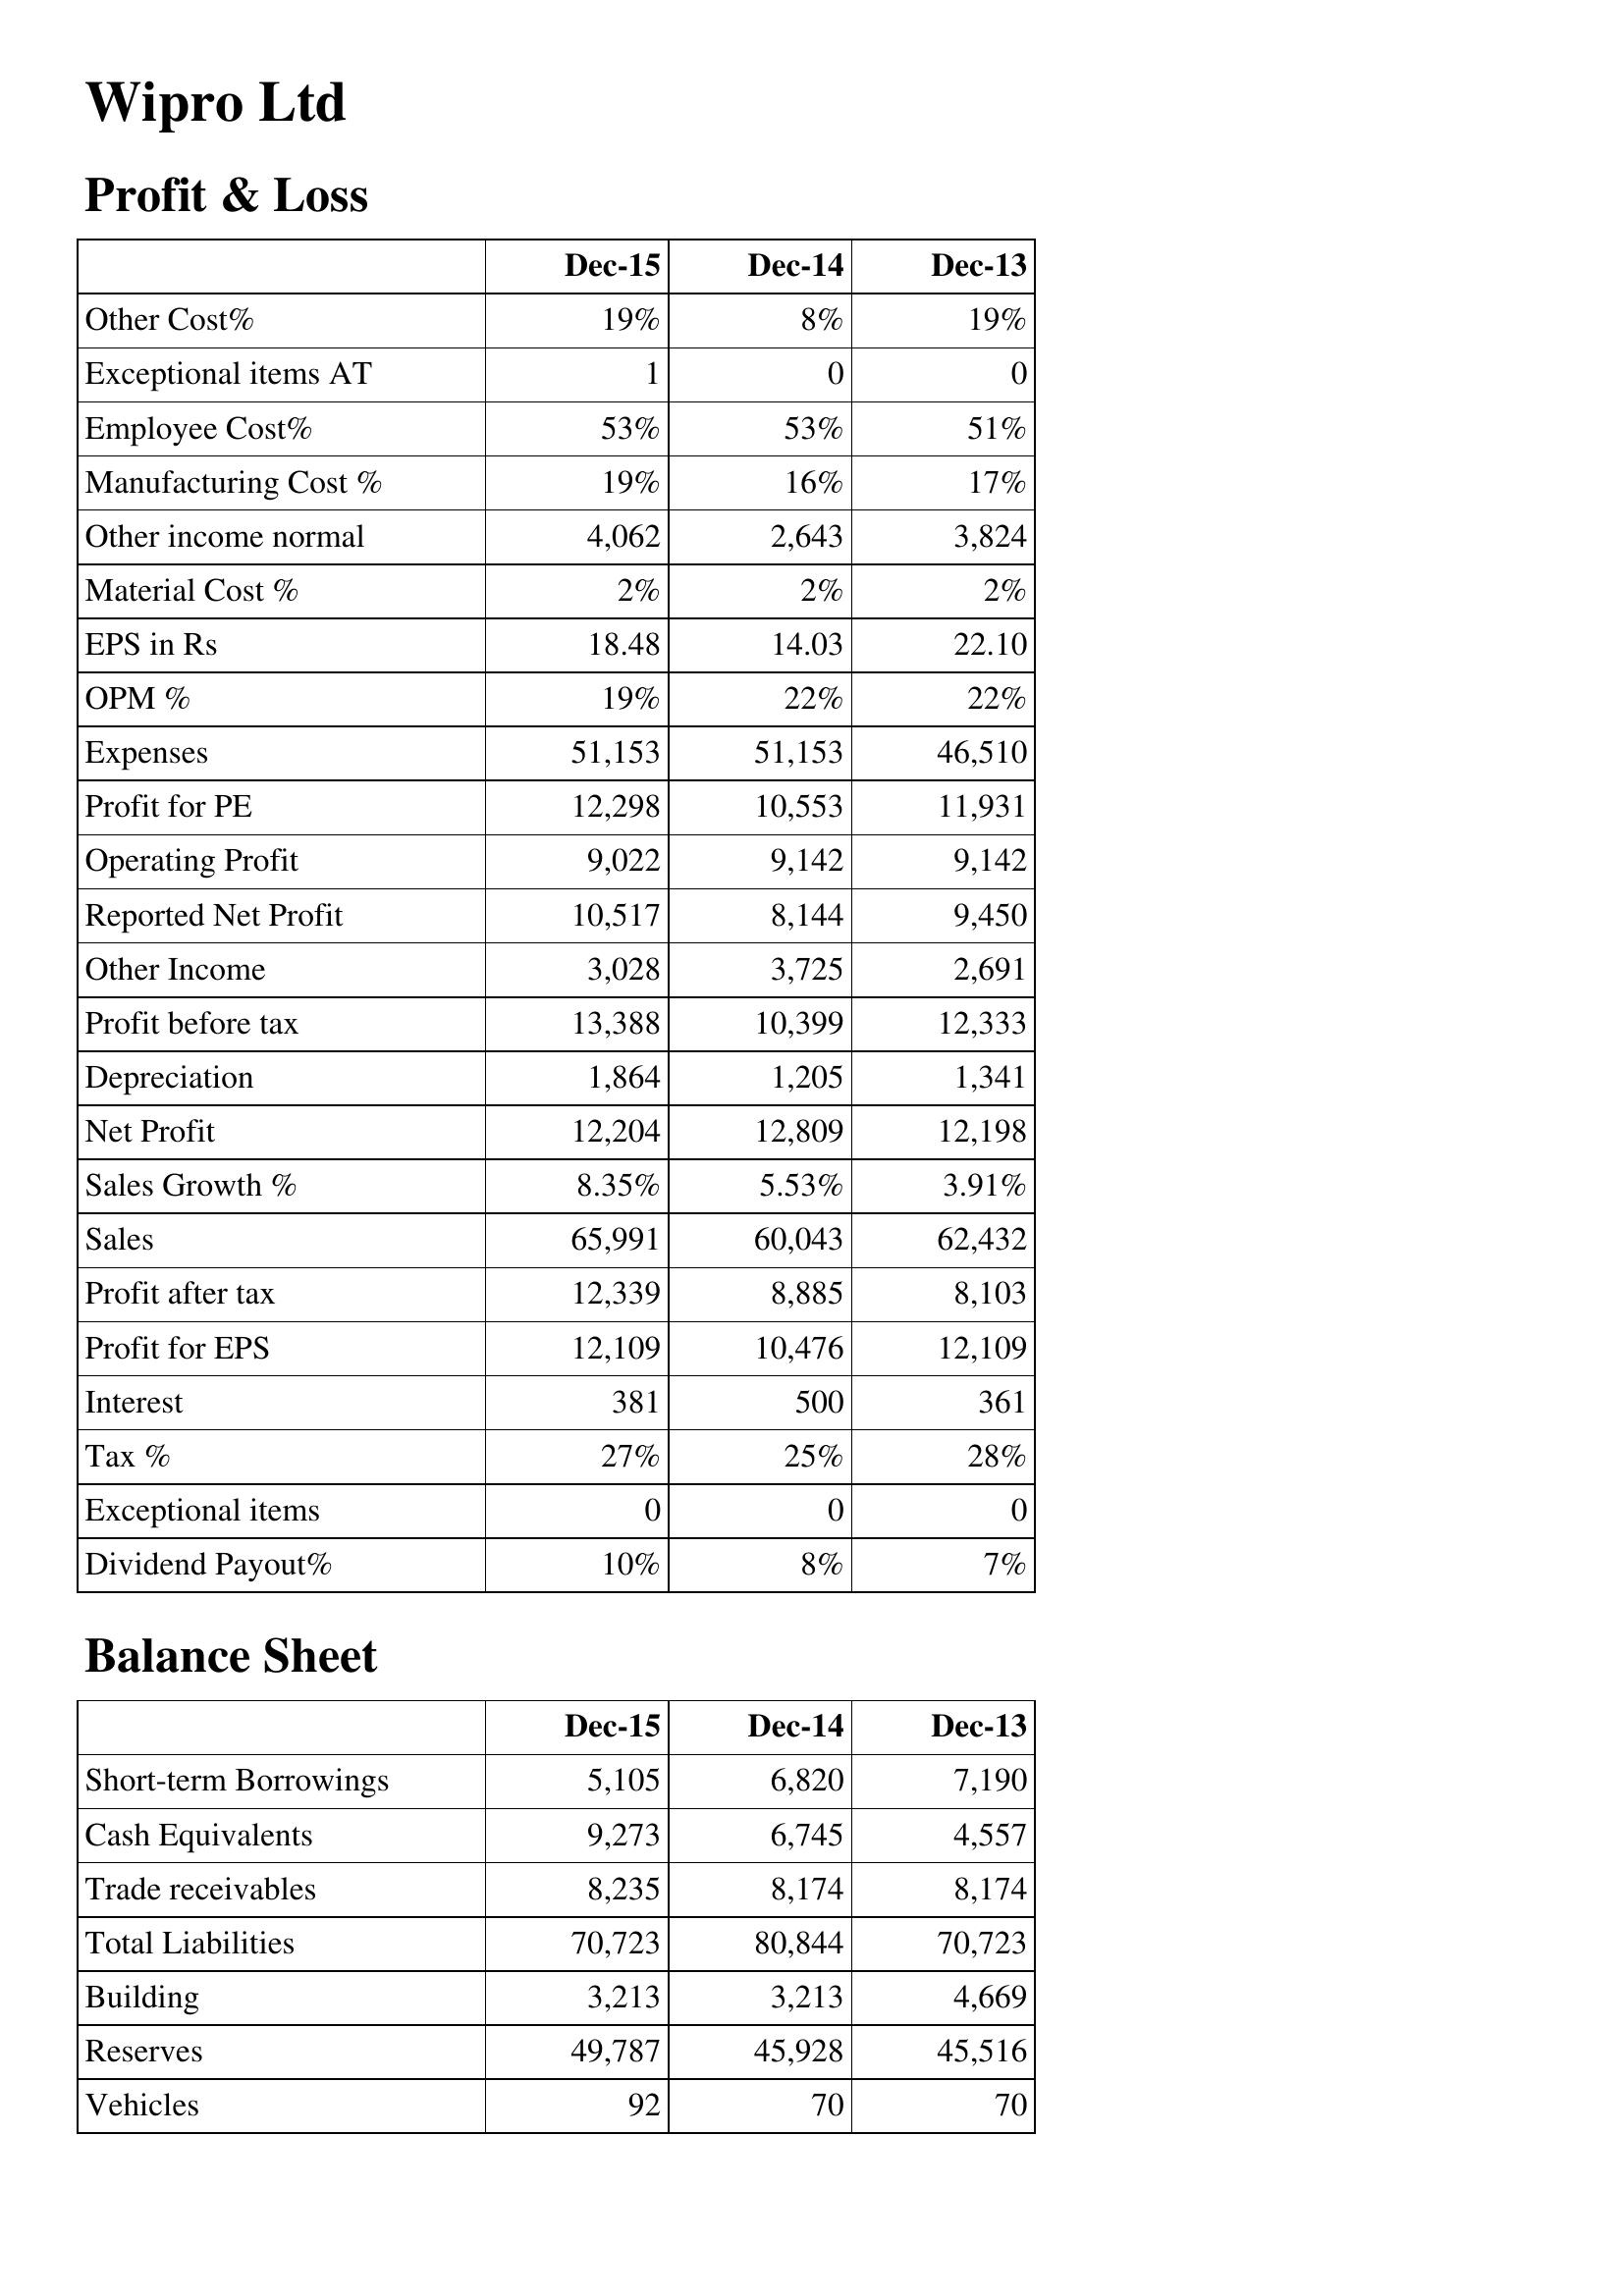
Dec-15: Profit & Loss: Other Cost%: 19%
Exceptional items AT: 1
Employee Cost%: 53%
Manufacturing Cost %: 19%
Other income normal: 4,062
Material Cost %: 2%
EPS in Rs: 18.48
OPM %: 19%
Expenses: 51,153
Profit for PE: 12,298
Operating Profit: 9,022
Reported Net Profit: 10,517
Other Income: 3,028
Profit before tax: 13,388
Depreciation: 1,864
Net Profit: 12,204
Sales Growth %: 8.35%
Sales: 65,991
Profit after tax: 12,339
Profit for EPS: 12,109
Interest: 381
Tax %: 27%
Exceptional items: 0
Dividend Payout%: 10%
Balance Sheet: Short-term Borrowings: 5,105
Cash Equivalents: 9,273
Trade receivables: 8,235
Total Liabilities: 70,723
Building: 3,213
Reserves: 49,787
Vehicles: 92
Dec-14: Profit & Loss: Other Cost%: 8%
Exceptional items AT: 0
Employee Cost%: 53%
Manufacturing Cost %: 16%
Other income normal: 2,643
Material Cost %: 2%
EPS in Rs: 14.03
OPM %: 22%
Expenses: 51,153
Profit for PE: 10,553
Operating Profit: 9,142
Reported Net Profit: 8,144
Other Income: 3,725
Profit before tax: 10,399
Depreciation: 1,205
Net Profit: 12,809
Sales Growth %: 5.53%
Sales: 60,043
Profit after tax: 8,885
Profit for EPS: 10,476
Interest: 500
Tax %: 25%
Exceptional items: 0
Dividend Payout%: 8%
Balance Sheet: Short-term Borrowings: 6,820
Cash Equivalents: 6,745
Trade receivables: 8,174
Total Liabilities: 80,844
Building: 3,213
Reserves: 45,928
Vehicles: 70
Dec-13: Profit & Loss: Other Cost%: 19%
Exceptional items AT: 0
Employee Cost%: 51%
Manufacturing Cost %: 17%
Other income normal: 3,824
Material Cost %: 2%
EPS in Rs: 22.10
OPM %: 22%
Expenses: 46,510
Profit for PE: 11,931
Operating Profit: 9,142
Reported Net Profit: 9,450
Other Income: 2,691
Profit before tax: 12,333
Depreciation: 1,341
Net Profit: 12,198
Sales Growth %: 3.91%
Sales: 62,432
Profit after tax: 8,103
Profit for EPS: 12,109
Interest: 361
Tax %: 28%
Exceptional items: 0
Dividend Payout%: 7%
Balance Sheet: Short-term Borrowings: 7,190
Cash Equivalents: 4,557
Trade receivables: 8,174
Total Liabilities: 70,723
Building: 4,669
Reserves: 45,516
Vehicles: 70